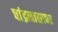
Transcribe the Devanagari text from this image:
चांद्रमासावर